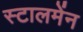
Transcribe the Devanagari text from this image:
स्टालमेंन